Bombay plague: being a history of the progress of plague in the Bombay presidency from September 1896 to June 1899
Year: 1896
Disease focus: Plague
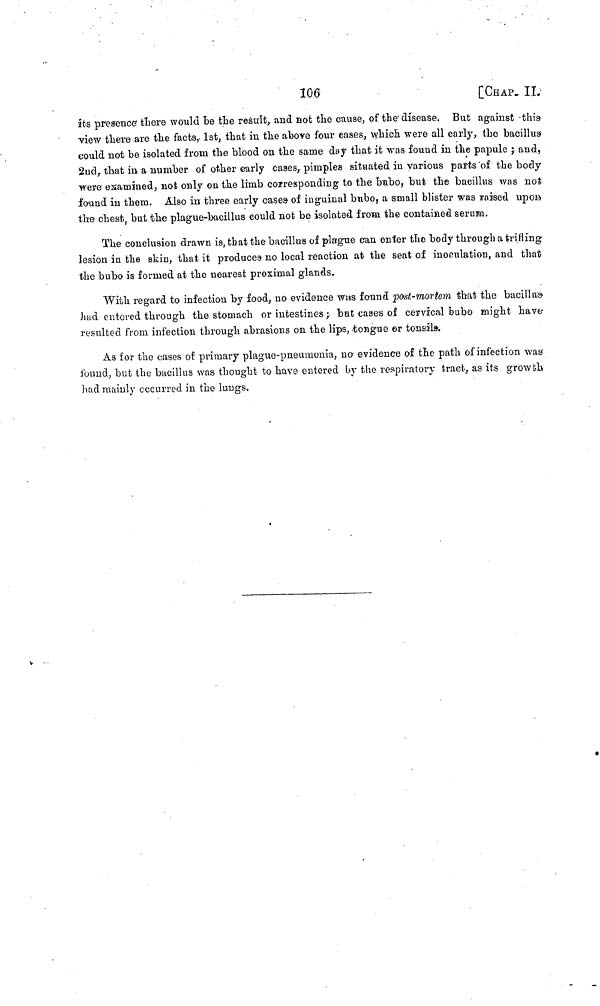
106
[CHAP. II.
its presence itere would be the result, and not the cause, of the disease. But against this
view there are the facts, 1st, that in the above four eases, which were all early, the bacillus
could not be isolated from the blood on the sanie day that it was found in the papule ; and,
2nd, that in a number of other early cases, pimples situated in various parts of the body
were examined, not only on the limb corresponding to the bubo, but the bacillus was not
found in them. Also in three early cases of inguinal bubo, a small blister was raised upon
the chest, but the plague-bacillus could not be isolated from the contained serum.
The conclusion drawn is, that the bacillus of plague can enter the body through a trifling
lesion in the skin, that it produces no local reaction at the seat of inoculation, and that
the bubo is formed at the nearest proximal glands.
With regard to infection by food, no evidence was found post-mortem that the bacillus
hud entered through the stomach or intestines ; bat cases of cervical bubo might haves
resulted from infection through abrasions on the lips, tongue or tonsils.
As for the cases of primary plague-pneumonia, no evidence of the path of infection was
found, but the bacillus was thought to have entered by the respiratory tract, as its growth
had mainly occurred in the lungs.